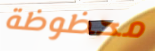
محظوظة